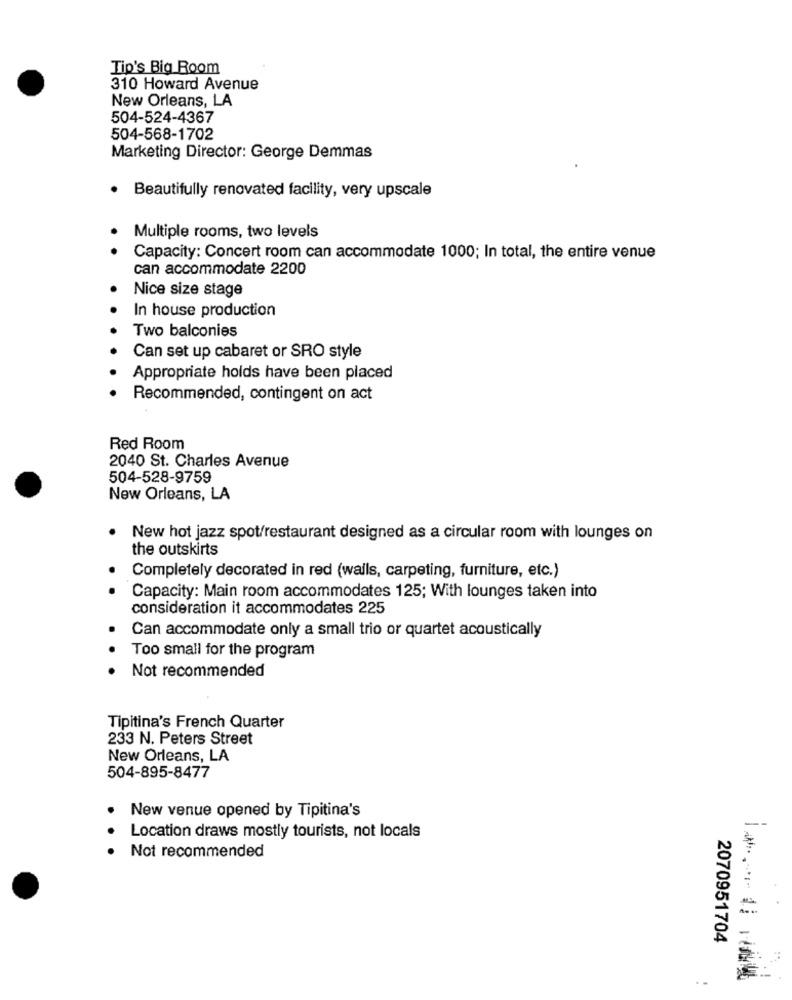
Tip's Big Room
310 Howard Avenue
New Orleans, LA
504-524-4367
504-568-1702
Marketing Director: George Demmas
Beautifully renovated facility, very upscale
Multiple rooms, two levels
Capacity: Concert room can accommodate 1000; In total, the entire venue
can accommodate 2200
Nice size stage
In house production
Two balconies
Can set up cabaret or SRO style
Appropriate holds have been placed
Recommended, contingent on act
Red Room
2040 St. Charles Avenue
504-528-9759
New Orleans, LA
New hot jazz spot/restaurant designed as a circular room with lounges on
the outskirts
Completely decorated in red (walls, carpeting, furniture, etc.)
Capacity: Main room accommodates 125; With lounges taken into
consideration it accommodates 225
Can accommodate only a small trio or quartet acoustically
Too small for the program
Not recommended
Tipitina's French Quarter
233 N. Peters Street
New Orleans, LA
504-895-8477
New venue opened by Tipitina's
Location draws mostly tourists, not locals
Not recommended
2070951704
. .